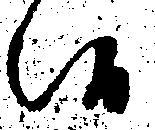
候